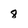
Character: 8